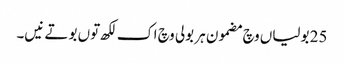
25 بولیاں وچ مضمون ہر بولی وچ اک لکھ توں بوتے نیں۔